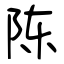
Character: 陈